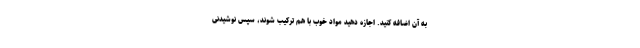
به آن اضافه کنید. اجازه دهید مواد خوب با هم ترکیب شوند، سپس نوشیدنی